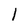
Character: 1